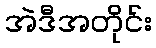
အဲဒီအတိုင်း